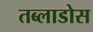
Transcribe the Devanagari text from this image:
तब्लाडोस